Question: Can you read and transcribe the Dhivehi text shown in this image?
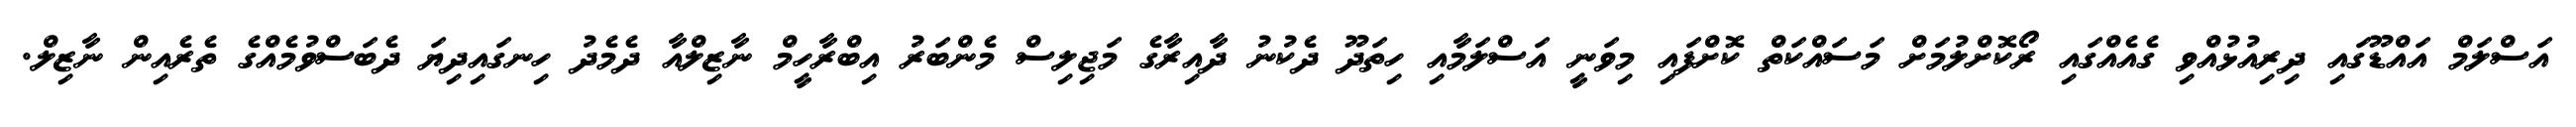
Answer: އަސްލަމް އައްޑޫގައި ދިރިއުޅުއްވި ގެއެއްގައި ރޯކޮށްލުމަށް މަސައްކަތް ކޮށްފައި މިވަނީ އަސްލަމާއި ހިތަދޫ ދެކުނު ދާއިރާގެ މަޖިލިސް މެންބަރު އިބްރާހީމް ނާޒިލްއާ ދެމެދު ހިނގައިދިޔަ ދެބަސްވުމެއްގެ ތެރެއިން ނާޒިލް.